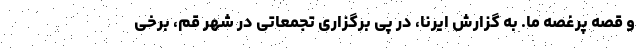
و قصه پرغصه ما. به گزارش ایرنا، در پی برگزاری تجمعاتی در شهر قم، برخی